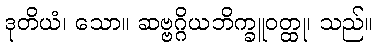
ဒုတိယံ၊ သော။ ဆဗ္ဗဂ္ဂိယဘိက္ခူဝတ္ထု၊ သည်။